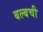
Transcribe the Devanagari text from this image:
बल्बची